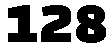
128